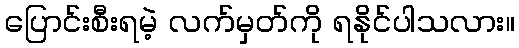
ပြောင်းစီးရမဲ့ လက်မှတ်ကို ရနိုင်ပါသလား။